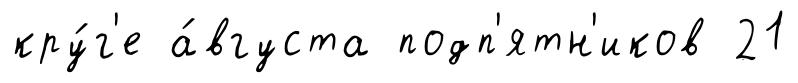
кру́г'е а́вгуста подп'ятн'иков 21